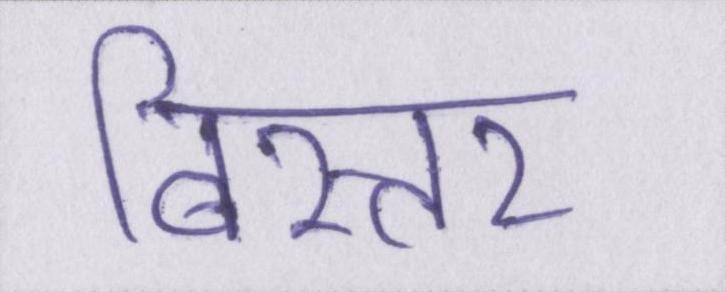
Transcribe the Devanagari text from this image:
बिस्तर